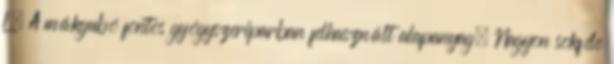
L. A mákgubó fontos gyógyszeriparban felhasznált alapanyag. Nagyon sokféle